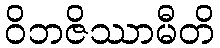
ဝိဘဇိဿာမီတိ